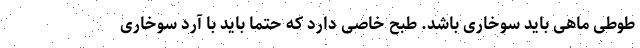
طوطی ماهی باید سوخاری باشد. طبح خاصی دارد که حتما باید با آرد سوخاری